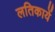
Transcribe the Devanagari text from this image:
लतिकायें